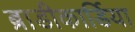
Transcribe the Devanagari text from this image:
ब्राडीकार्डिया